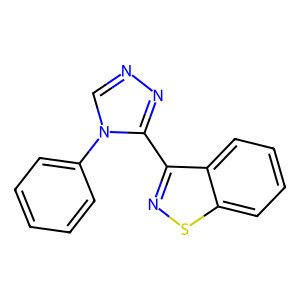
SMILES: c1ccc(-n2cnnc2-c2nsc3ccccc23)cc1
Inhibits HIV replication: No